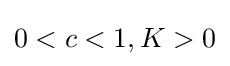
0<c<1,K>0